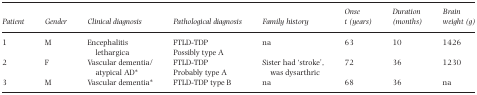
| Patient | Gender | Clinical diagnosis | Pathological diagnosis | Family history | Onse t (years) | Duration (months) | Brain weight (g) |
 | --- | --- | --- | --- | --- | --- | --- | --- |
 | 1 | M | Encephalitis lethargica | FTLD‐TDPPossibly type A | na | 63 | 10 | 1426 |
 | 2 | F | Vascular dementia/atypical AD* | FTLD‐TDPProbably type A | Sister had ‘stroke’, was dysarthric | 72 | 36 | 1230 |
 | 3 | M | Vascular dementia* | FTLD‐TDP type B | na | 68 | 36 | na |